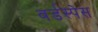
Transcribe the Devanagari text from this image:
वर्डस्पेस